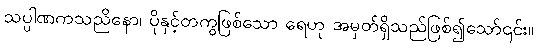
သပ္ပါဏကသညိနော၊ ပိုနှင့်တကွဖြစ်သော ရေဟု အမှတ်ရှိသည်ဖြစ်၍သော်၎င်း။